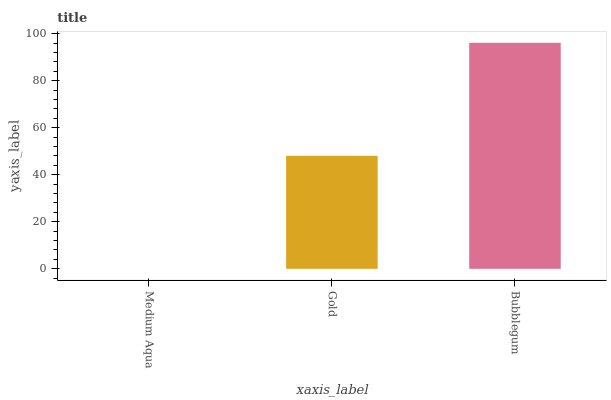
| xaxis_label | bars |
 | --- | --- |
 | Medium Aqua | 0 |
 | Gold | 48.1 |
 | Bubblegum | 96.1 |